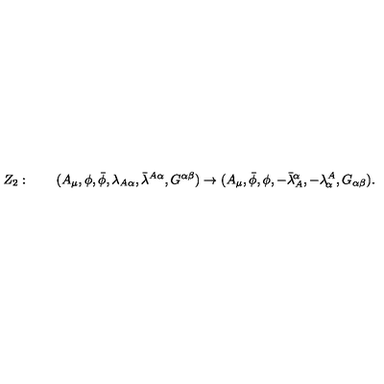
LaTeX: Z _ { 2 } : \qquad ( A _ { \mu } , \phi , \bar { \phi } , \lambda _ { A \alpha } , \bar { \lambda } ^ { A \alpha } , G ^ { \alpha \beta } ) \rightarrow ( A _ { \mu } , \bar { \phi } , \phi , - \bar { \lambda } _ { A } ^ { \! \alpha } , - \lambda _ { \! \alpha } ^ { A } , G _ { \alpha \beta } ) .